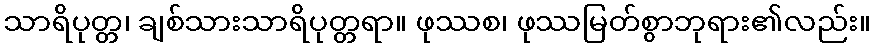
သာရိပုတ္တ၊ ချစ်သားသာရိပုတ္တရာ။ ဖုဿစ၊ ဖုဿမြတ်စွာဘုရား၏လည်း။